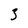
Character: 3